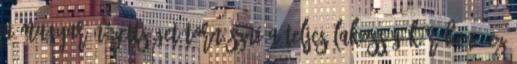
a magyar nézettséget tornászni a teljes lakosság körében. Ez